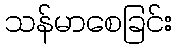
သန်မာစေခြင်း